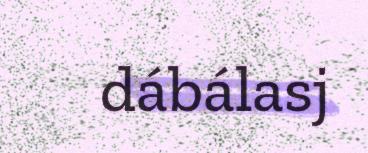
dábálasj